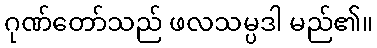
ဂုဏ်တော်သည် ဖလသမ္ပဒါ မည်၏။